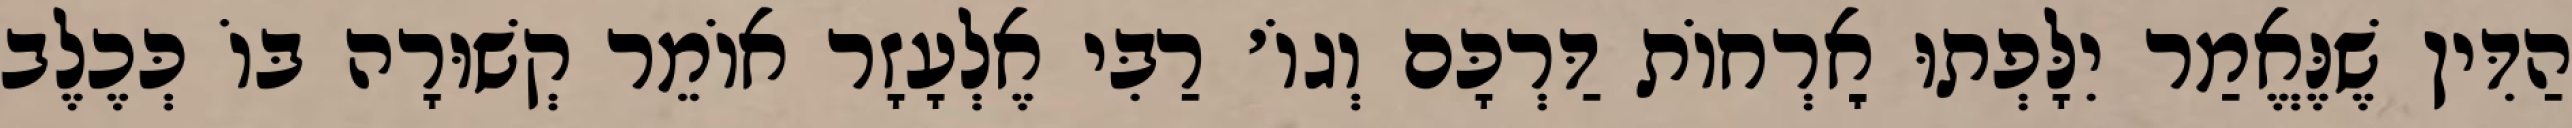
הַדִּין שֶׁנֶּאֱמַר יִלָּפְתוּ אׇרְחוֹת דַּרְכָּם וְגוֹ׳ רַבִּי אֶלְעָזָר אוֹמֵר קְשׁוּרָה בּוֹ כְּכֶלֶב